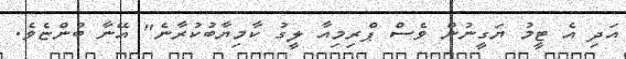
އަދި އެ ޓީމު ޔަގީނުން ވެސް ޕްރިމިއާ ލީގު ކާމިޔާބުކުރާނެ" އޭނާ ބުންޏެވެ.